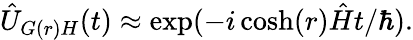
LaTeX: \begin{array}{r}{\hat{U}_{G(r)H}(t)\approx\exp(-i\cosh(r)\hat{H}t/\hbar).}\end{array}